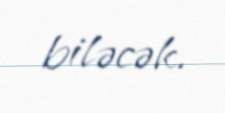
biləcək.